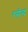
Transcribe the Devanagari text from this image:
रसेन्द्र